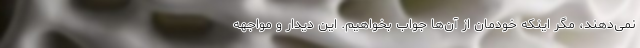
نمی‌دهند، مگر اینکه خودمان از آن‌ها جواب بخواهیم. این دیدار و مواجهه